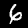
Digit: 6